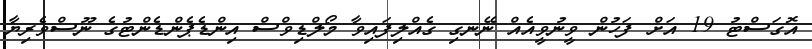
އޮގަސްޓު 19 އަށް ފަހުން ވީނުވީއެއް ނޭނގި ގެއްލިފައިވާ މޯލްޑިވްސް އިންޑެޕެންޑެންޓުގެ ނޫސްވެރިޔާ